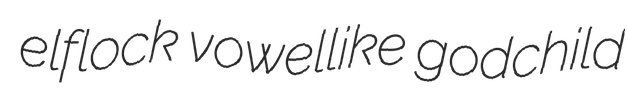
elflock vowellike godchild